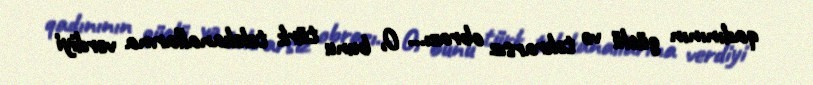
qadınının güclü və təkrarsız obrazı... O, bunu türk telekanallarına verdiyi